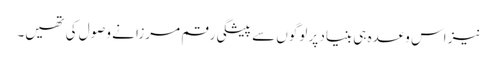
نیز اس وعدہ ہی بنیاد پر لوگوں سے پیشگی رقم مرزا نے وصول کی تھیں۔